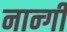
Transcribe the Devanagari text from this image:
नार्न्गी